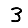
Digit: 3